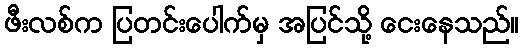
ဖီးလစ်က ပြတင်းပေါက်မှ အပြင်သို့ ငေးနေသည်။